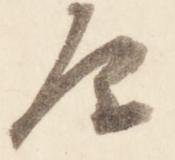
原